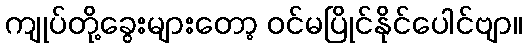
ကျုပ်တို့ခွေးများတော့ ဝင်မပြိုင်နိုင်ပေါင်ဗျာ။